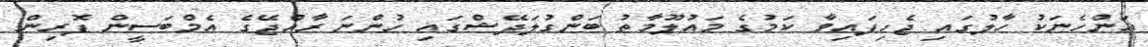
އަންހެނަކު ހާލުގައި ޖެހިފައިވާ ކަމުގެ މައުލޫމާތު ބަންގުލަދޭޝްގައި ހުންނަ ރާއްޖޭގެ އެމްބަސީން ފޮރިން